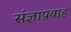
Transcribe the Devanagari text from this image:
संज्ञाप्रवाह